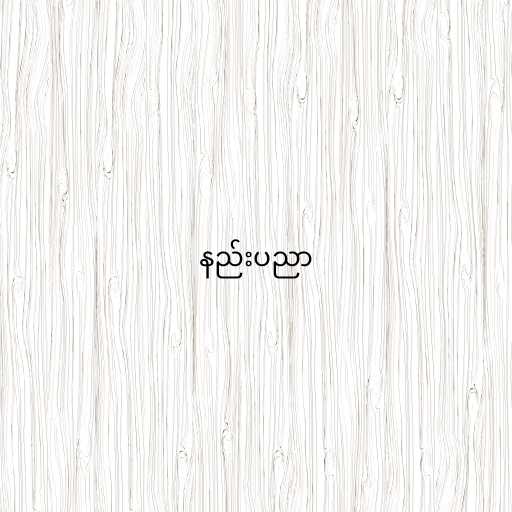
နည်းပညာ